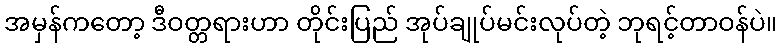
အမှန်ကတော့ ဒီဝတ္တရားဟာ တိုင်းပြည် အုပ်ချုပ်မင်းလုပ်တဲ့ ဘုရင့်တာဝန်ပဲ။